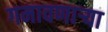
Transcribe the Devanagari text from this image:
गमावणार्‍या